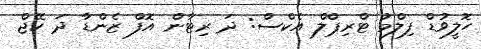
ހޮލީވުޑް ފިލްމު ޓްރިޕްލް އެކްސް: ދަ ރިޓާން އޮފް ޒެންޑާ ދަ ކޭޖް